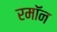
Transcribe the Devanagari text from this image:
रमॉन